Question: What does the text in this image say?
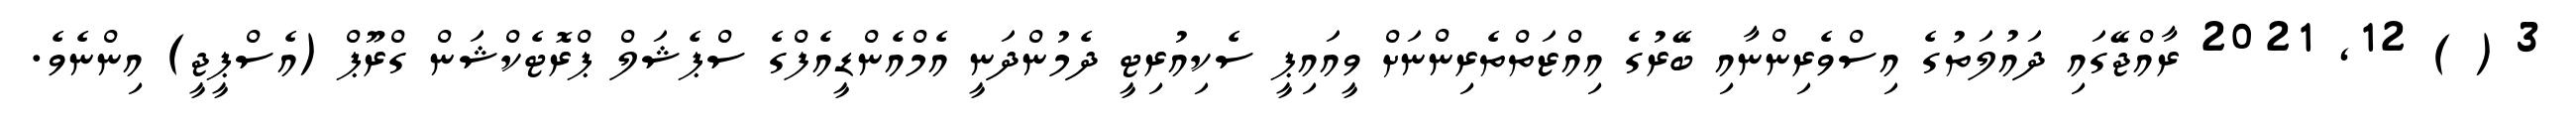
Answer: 3 ( ) 12, 2021 ރާއްޖޭގައި ދައުލަތުގެ އިސްވެރިންނާއި ބޭރުގެ އިއްޒަތްތެރިންނަށް ވީއައިޕީ ސެކިއުރިޓީ ދެމުންދަނީ އެމްއެންޑީއެފްގެ ސްޕެޝަލް ޕްރޮޓެކްޝަން ގްރޫޕް (އެސްޕީޖީ) އިންނެވެ.